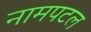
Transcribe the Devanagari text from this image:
नामपटल